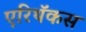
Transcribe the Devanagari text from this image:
एरिथॅकस